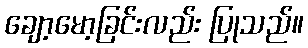
ချော့မော့ခြင်းလည်း ပြုသည်။